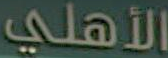
الأهلي